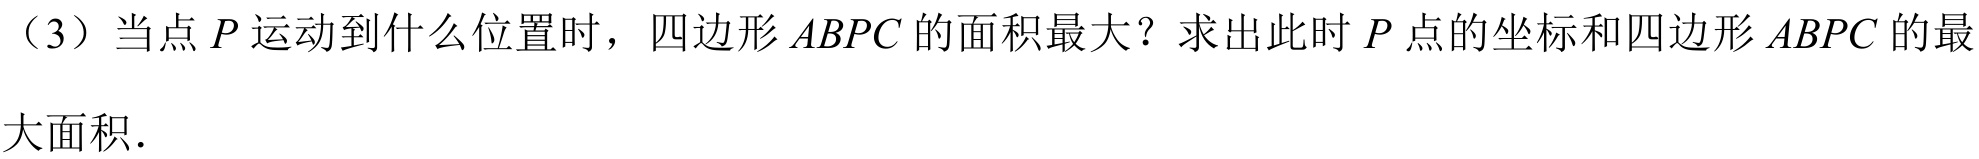
（3）当点\(P\)运动到什么位置时，四边形\(ABPC\)的面积最大？求出此时\(P\)点的坐标和四边形\(ABPC\)的最
大面积．